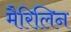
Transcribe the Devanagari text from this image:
मैरिलिन